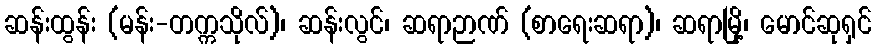
ဆန်းထွန်း (မန်း-တက္ကသိုလ်)၊ ဆန်းလွင်၊ ဆရာဉာဏ် (စာရေးဆရာ)၊ ဆရာမြို့၊ မောင်ဆုရှင်